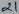
Text: 21